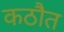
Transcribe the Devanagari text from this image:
कठौत